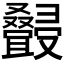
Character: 𰇆